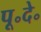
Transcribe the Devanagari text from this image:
पू॰दे॰